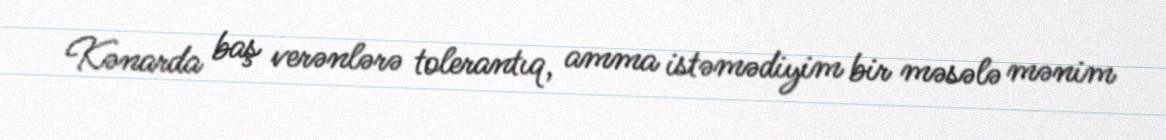
Kənarda baş verənlərə tolerantıq, amma istəmədiyim bir məsələ mənim